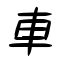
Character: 車